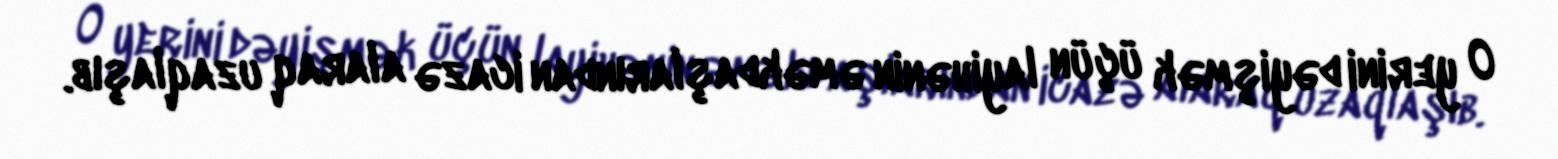
O yerini dəyişmək üçün layihənin əməkdaşlarından icazə alaraq uzaqlaşıb.